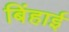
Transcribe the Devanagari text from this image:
बिंहाई